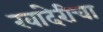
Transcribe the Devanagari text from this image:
खांदेरीचा